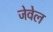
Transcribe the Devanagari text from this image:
जेवेल